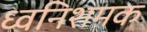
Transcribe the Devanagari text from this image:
ध्वनिशमक